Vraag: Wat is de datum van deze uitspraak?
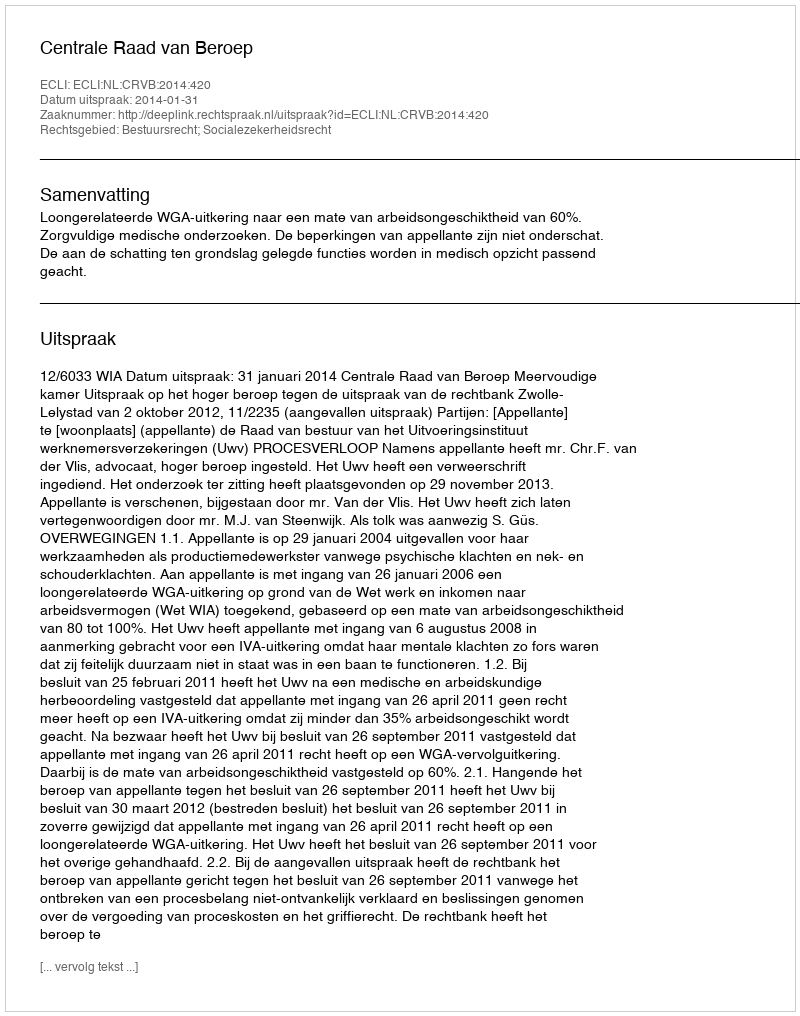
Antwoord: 2014-01-31